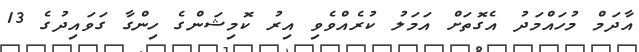
އާދަމް މުހައްމަދު އެގޮތަށް އަމަލު ކުރެއްވެވި އިރު ކޮމިޝަންގެ ހިންގާ ގަވައިދުގެ 13